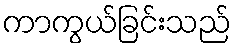
ကာကွယ်ခြင်းသည်